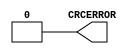
// This program was cloned from: https://github.com/jhshi/openofdm
// License: Apache License 2.0

///////////////////////////////////////////////////////
//  Copyright (c) 2008 Xilinx Inc.
//  All Right Reserved.
///////////////////////////////////////////////////////
//
//   ____   ___
//  /   /\/   / 
// /___/  \  /     Vendor      : Xilinx 
// \  \    \/      Version : 10.1
//  \  \           Description : 
//  /  /                      
// /__/   /\       Filename    : POST_CRC_INTERNAL.v
// \  \  /  \ 
//  \__\/\__ \                    
//                                 
//  Revision:		1.0
///////////////////////////////////////////////////////

`timescale 1 ps / 1 ps 

module POST_CRC_INTERNAL (
  CRCERROR
);

  output CRCERROR;

  assign CRCERROR = 0;

endmodule